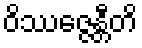
ဝိဿဇ္ဇေန္တီတိ